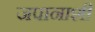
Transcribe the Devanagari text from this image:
जपानाशी